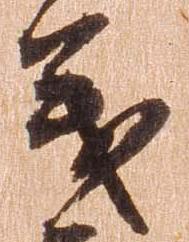
義